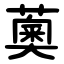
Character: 薁